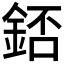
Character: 𨧆